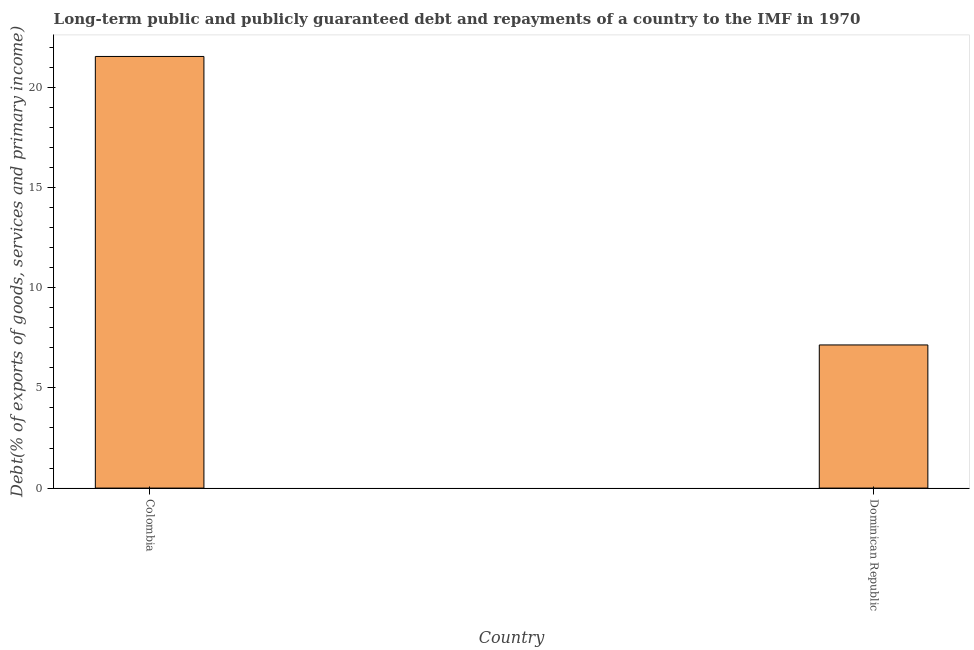
| Country | Debt service (PPG and IMF only) |
 | --- | --- |
 | Colombia | 21.5 |
 | Dominican Republic | 7.14 |